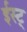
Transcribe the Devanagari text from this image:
ईस्ट्